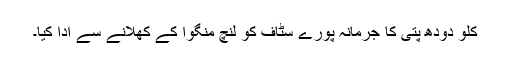
کلو دودھ پتی کا جرمانہ پورے سٹاف کو لنچ منگوا کے کھلانے سے ادا کیا۔